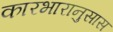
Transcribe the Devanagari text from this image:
कारभारानुसास